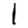
Digit: 1